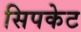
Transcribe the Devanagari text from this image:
सिपकेट